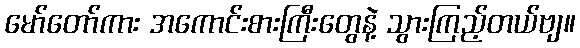
မော်တော်ကား အကောင်းစားကြီးတွေနဲ့ သွားကြည့်တယ်ဗျ။